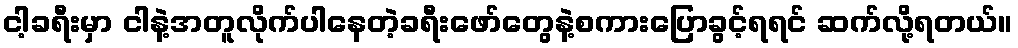
ငါ့ခရီးမှာ ငါနဲ့အတူလိုက်ပါနေတဲ့ခရီးဖော်တွေနဲ့စကားပြောခွင့်ရရင် ဆက်လို့ရတယ်။